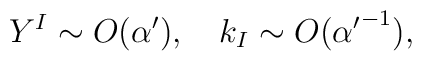
Y^I \sim O(\alpha'), \quad k_I \sim O({\alpha'}^{-1}),